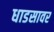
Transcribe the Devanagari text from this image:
धाडसावर